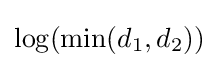
\log(\min(d_{1},d_{2}))